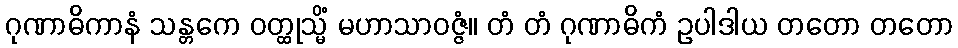
ဂုဏာဓိကာနံ သန္တကေ ဝတ္ထုသ္မိံ မဟာသာဝဇ္ဇံ။ တံ တံ ဂုဏာဓိကံ ဥပါဒါယ တတော တတော